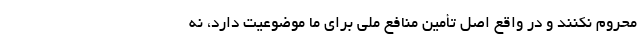
محروم نکنند و در واقع اصل تأمین منافع ملی برای ما موضوعیت دارد، نه